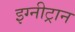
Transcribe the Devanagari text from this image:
इग्नीट्रान